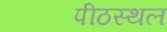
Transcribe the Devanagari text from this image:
पीठस्थल